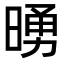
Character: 𪰵